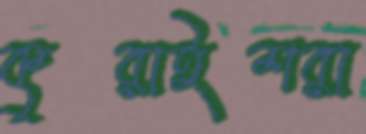
কুরাইশরা